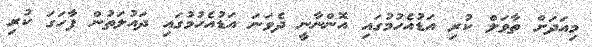
މިއަދަށް ތާވަލް ކުރި އަޑުއެހުމުގައި އޮންނާނީ ދެވަނަ އަޑުއެހުމުގައި ދައުލަތުން ފާހަގަ ކުރި